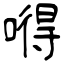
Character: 嘚